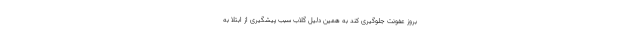
بروز عفونت جلوگیری کند به همین دلیل گلاب سبب پیشگیری از ابتلا به